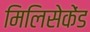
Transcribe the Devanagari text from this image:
मिलिसेकेंड